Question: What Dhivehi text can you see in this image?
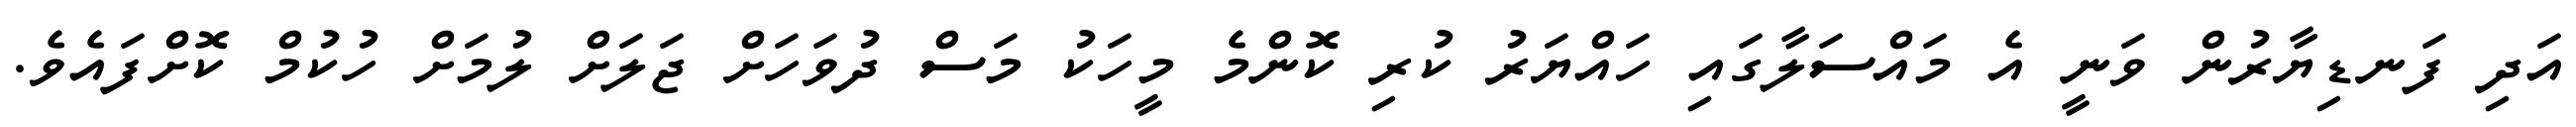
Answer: އަދި ފަނޑިޔާރުން ވަނީ އެ މައްސަލާގައި ހައްޔަރު ކުރި ކޮންމެ މީހަކު މަސް ދުވަހަށް ޖަލަށް ލުމަށް ހުކުމް ކޮށްފައެވެ.